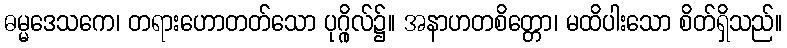
ဓမ္မဒေသကေ၊ တရားဟောတတ်သော ပုဂ္ဂိုလ်၌။ အနာဟတစိတ္တော၊ မထိပါးသော စိတ်ရှိသည်။